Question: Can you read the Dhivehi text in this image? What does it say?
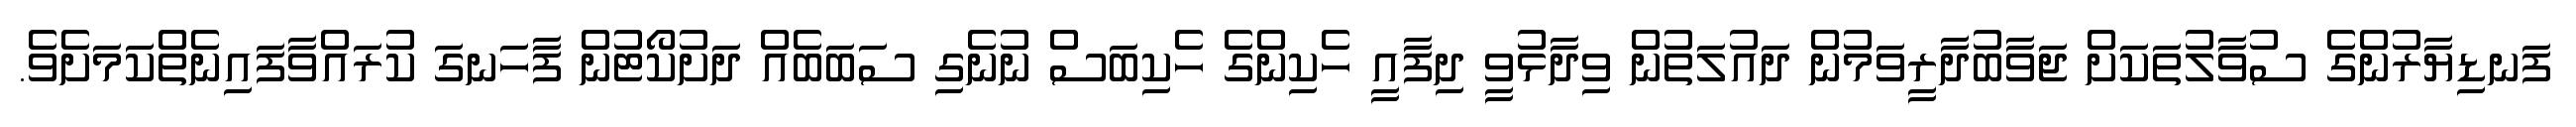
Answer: ފަނޑިޔާރުންގެ ސުވާލުތަކަށް ޖަވާބުދާރީވަމުން ދައުލަތުން ވިދާޅުވީ ދިފާއީ ހެކިންގެ ހެކިބަސް ނުނެގި ސަބަބެއް ދަށުކޯޓުން ފާހަނގަ ކުރައްވާފައިނެތްކަމަށެވެ.